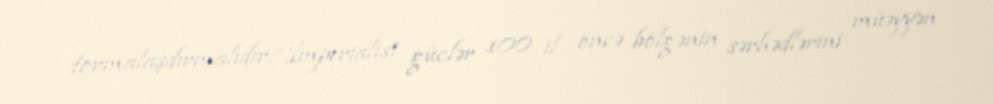
formalaşdırmalıdır:“İmperialist güclər 100 il öncə bölgənin sərhədlərini müəyyən